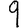
Digit: 9